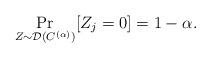
LaTeX: \begin{align*}\Pr_{Z\sim \mathcal{D}(C^{(\alpha)})}[Z_j= 0]=1-\alpha.\end{align*}